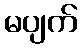
မပျက်